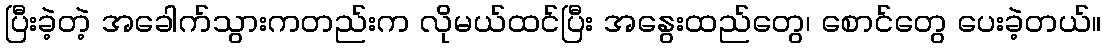
ပြီးခဲ့တဲ့ အခေါက်သွားကတည်းက လိုမယ်ထင်ပြီး အနွေးထည်တွေ၊ စောင်တွေ ပေးခဲ့တယ်။